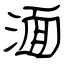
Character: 湎